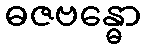
ဓဇဗန္ဓော